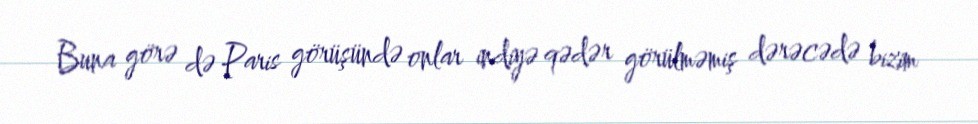
Buna görə də Paris görüşündə onlar indiyə qədər görülməmiş dərəcədə bizim